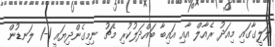
ލަލީގާގައި މިއަދު ރެއާލް އާއި އައިބާ ބައްދަލުކުރި މެޗު ނިމިގެންދިޔައީ 1-1 ލަނޑުން